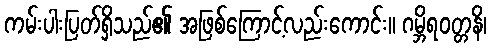
ကမ်းပါးပြတ်ရှိသည်၏ အဖြစ်ကြောင့်လည်းကောင်း။ ဂမ္ဘိရဝတ္တနိ၊